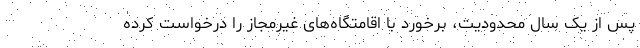
پس از یک سال محدودیت، برخورد با اقامتگاه‌های غیرمجاز را درخواست کرده